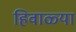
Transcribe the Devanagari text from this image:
हिवाळ्या